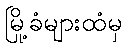
မြို့ခံများထံမှ